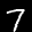
Label: 7